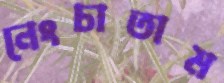
নেংচাতাম